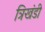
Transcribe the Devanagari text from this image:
त्रिखंडी